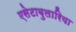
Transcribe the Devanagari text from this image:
एसेटाबुलारिया